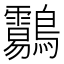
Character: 𪈑